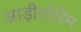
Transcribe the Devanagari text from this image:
आड़ीटोरिम